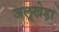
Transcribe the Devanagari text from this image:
जलूखेड़ा